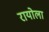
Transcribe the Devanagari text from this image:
रायोला